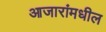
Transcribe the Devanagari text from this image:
आजारांमधील